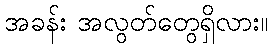
အခန်း အလွတ်တွေရှိလား။